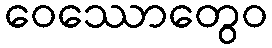
ဝေဿောတွေဝ